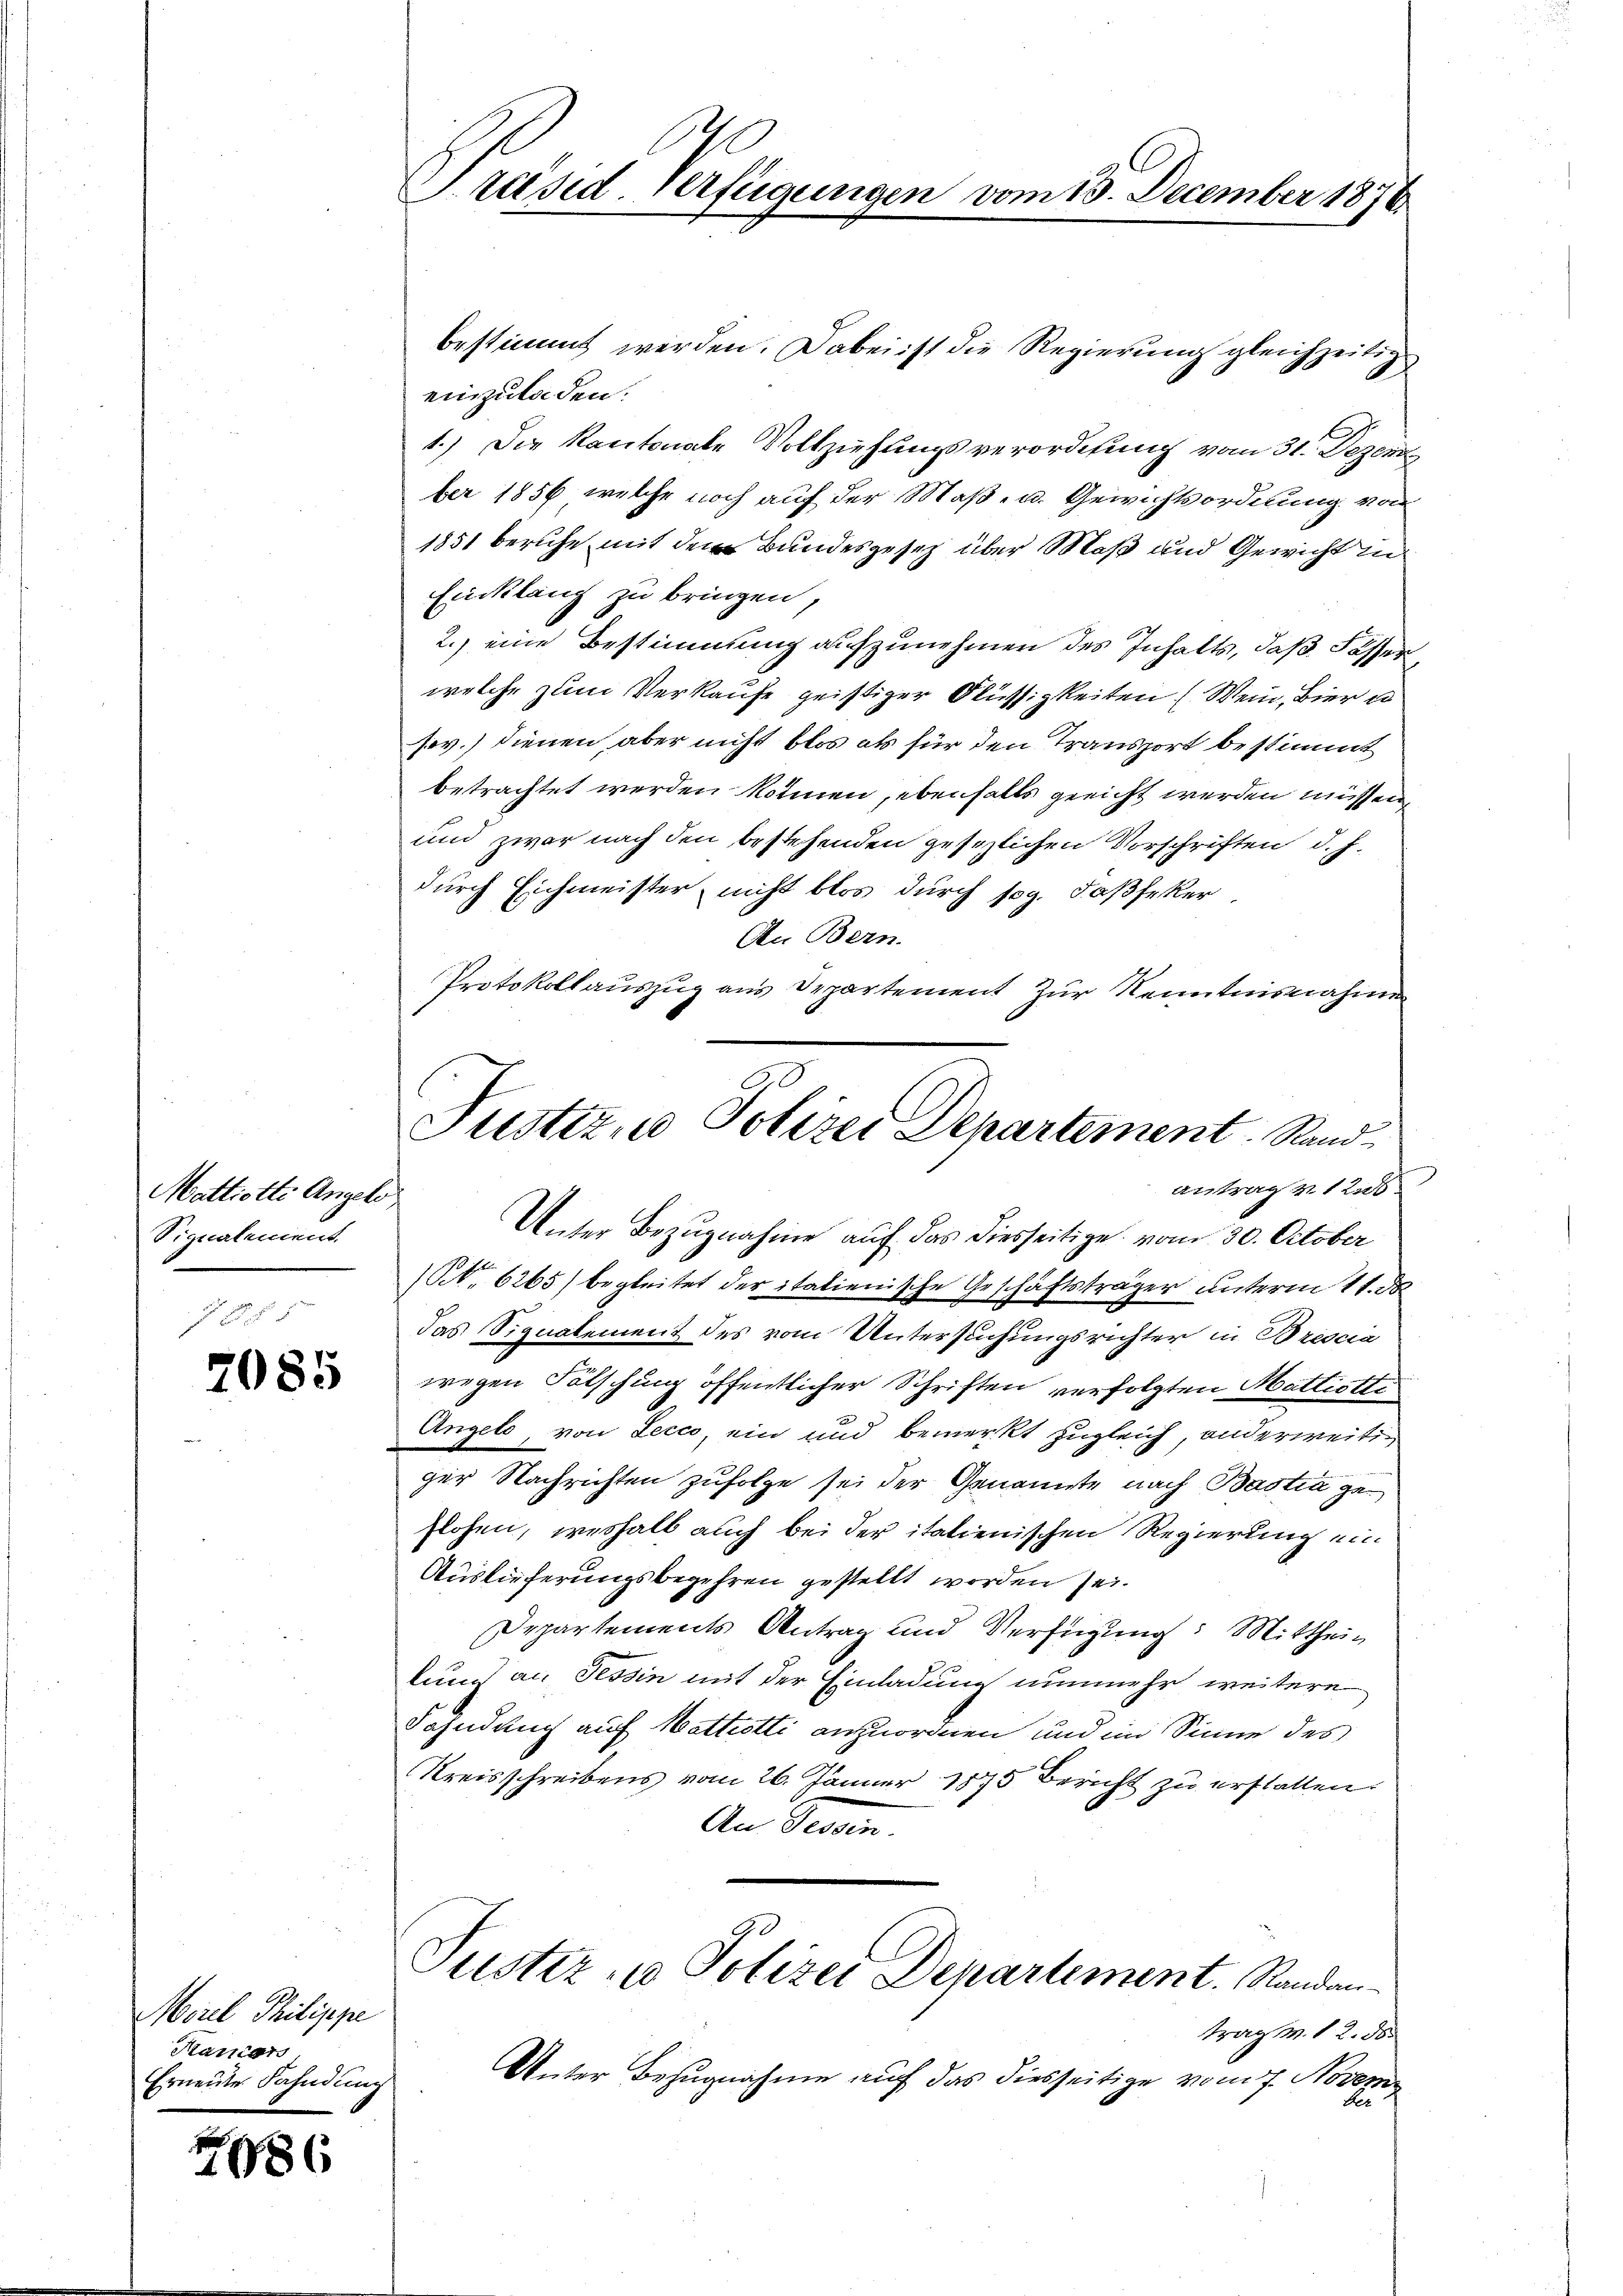
Mattiotte Angele
Signalement

7085

Morel Philippe
Manien
Erneute Fahndung

2086

Präsid. Verfügungen vom 15. December 1876

Justiz- u Polizei Departement Rand
antrag v. 12.50.
g

bestimmt werden. Dabei ist die Regierung gleichzeitig
einzuladen.
1.) Die Kantonale Vollziehungsverordnung vom 31. Dezem
ber 1856 welche noch auf der Maß- u. Gewichtsordnung von
1851 beruhe mit dem Bundesgesetz über Maß und Gewicht in
Einklang zu bringen,
2.) eine Bestimmung aufzunehmen des Inhalts, daß Fasserwelche zum Verkaufe geistiger Flüssigkeiten (Wein, Bier u
sev.) dienen aber nicht blos als für den Transport bestimmt
betrachtet werden können, ebenfalls gericht werden müssen,
und zwar nach den bestehenden gesezlichen Vorschriften d. J.
durch Eichmeister nicht blos durch sog. Faßfeker
An Bern.
Protokollauszug aus Departement zur Kenntnisnahmen
Unter Bezugnahme auf das diesseitige vom 30. October
(NNo. 6265) begleitet der italienische Geschäftsträger unterm 11. de
das Signatement des vom Untersuchungsrichter in Brescia
wegen Fälschung öffentlicher Schriften verfolgten Mattiotti
Angelo, von Lecco, ein und bemerkt zugleich, anderweiten
ger Nachrichten zufolge sei der Genannte nach Bastia geflosen, weshalb auch bei der italienischen Regierung ein
Auslieferungsbegehren gestellt worden sei.
Departements Antrag und Verfügung: Mittheikung an Tessin mit der Einladung nunmehr weitere
Fahndung auf Mattetti anzuordnen und im Sinne des
Kreisschreibens vom 26. Jänner 1875 Bericht zu erstatten.
An Tessin
Justiz- & Polizei Departement. Randantrag v. 12. 86.
Unter Bezugnahme auf das diesseitige vom 7. Novem
der